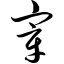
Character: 宰